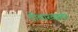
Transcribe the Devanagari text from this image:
दीवारवाला